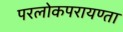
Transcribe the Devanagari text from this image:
परलोकपरायण्ता